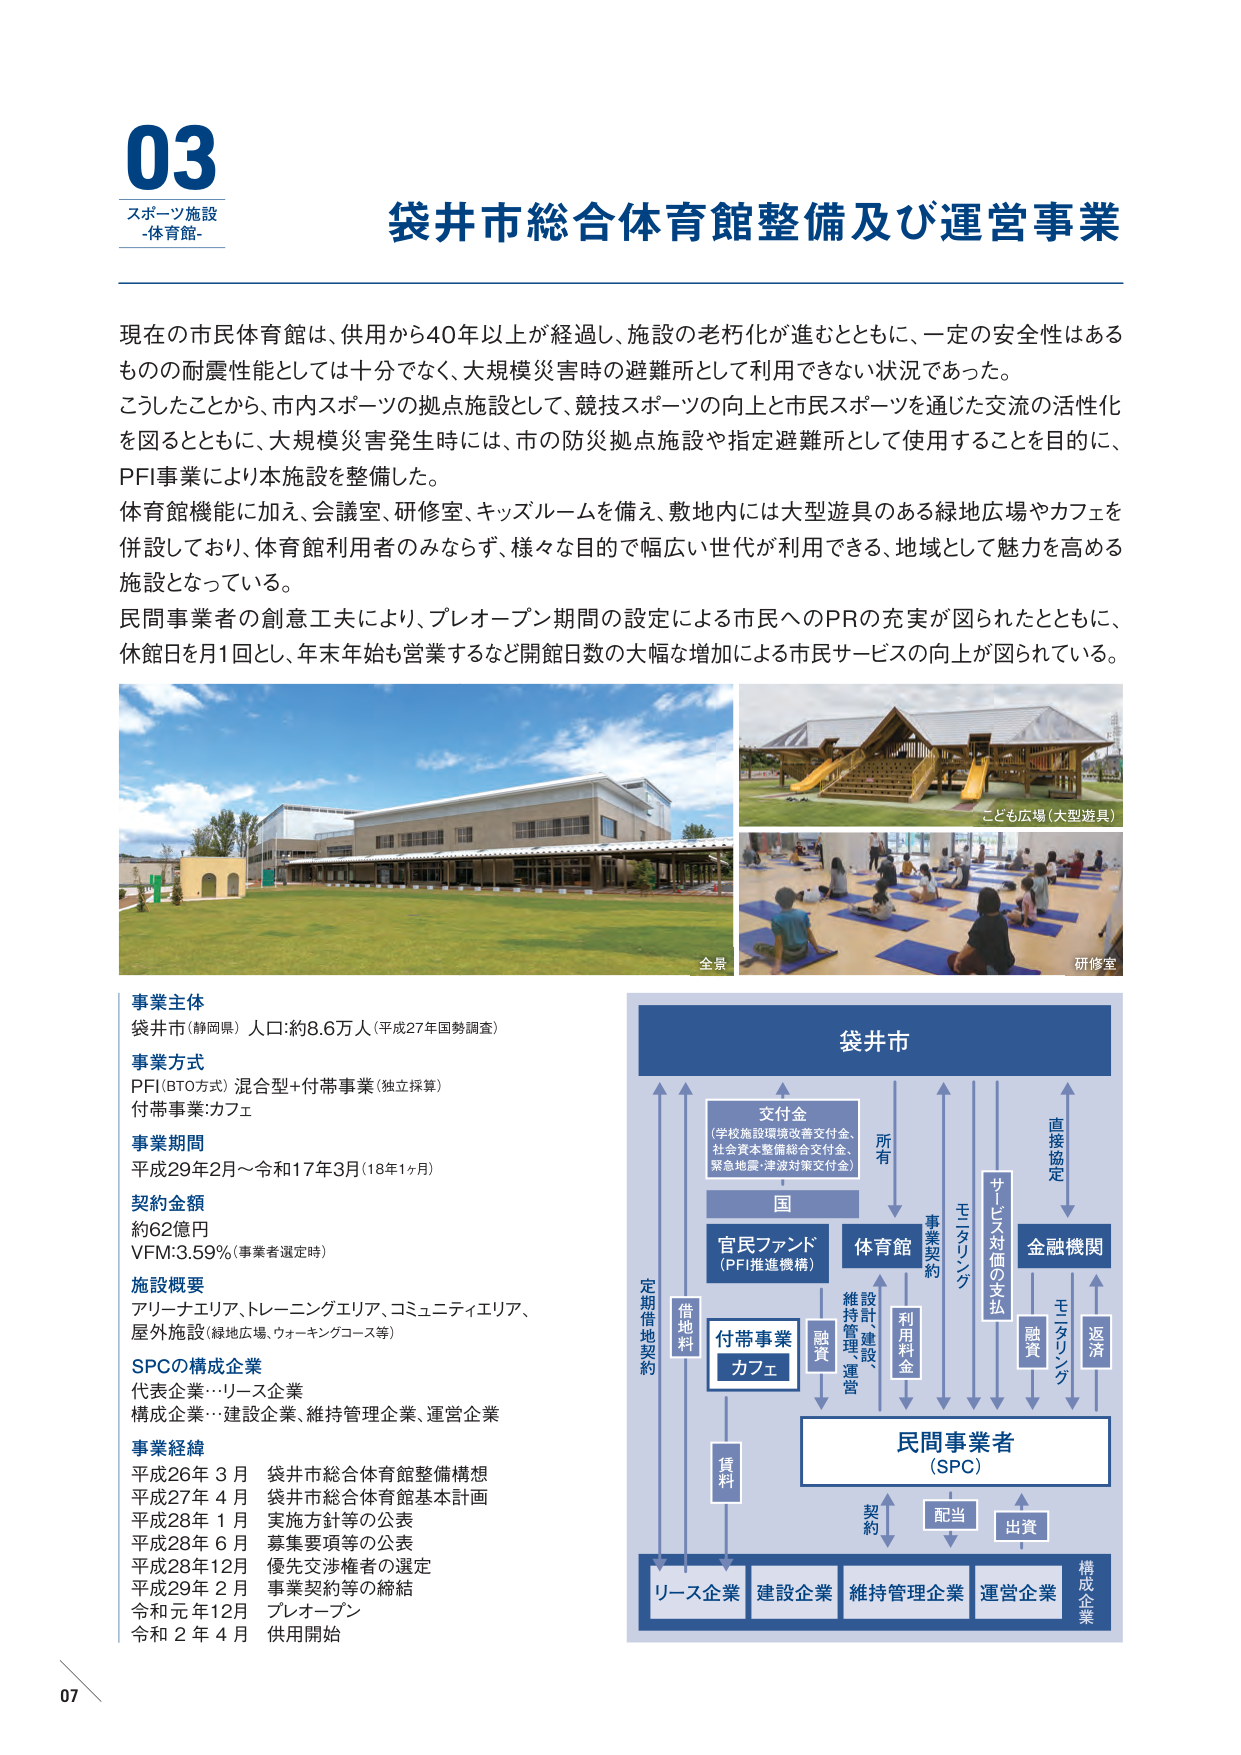
03
スポーツ施設
-体育館-

袋井市総合体育館整備及び運営事業

現在の市民体育館は、供用から40年以上が経過し、施設の老朽化が進むとともに、一定の安全性はあるものの耐震性能としては十分でなく、大規模災害時の避難所として利用できない状況であった。
こうしたことから、市内スポーツの拠点施設として、競技スポーツの向上と市民スポーツを通じた交流の活性化を図るとともに、大規模災害発生時には、市の防災拠点施設や指定避難所として使用することを目的に、PFI事業により本施設を整備した。
体育館機能に加え、会議室、研修室、キッズルームを備え、敷地内には大型遊具のある緑地広場やカフェを併設しており、体育館利用者のみならず、様々な目的で幅広い世代が利用できる、地域として魅力を高める施設となっている。
民間事業者の創意工夫により、プレオープン期間の設定による市民へのPRの充実が図られたとともに、休館日を月1回とし、年末年始も営業するなど開館日数の大幅な増加による市民サービスの向上が図られている。

全景
こども広場（大型遊具）
研修室

事業主体
袋井市（静岡県） 人口：約8.6万人（平成27年国勢調査）

事業方式
PFI（BTO方式）混合型＋付帯事業（独立採算）
付帯事業：カフェ

事業期間
平成29年2月～令和17年3月（18年1ヶ月）

契約金額
約62億円
VFM：3.59％（事業者選定時）

施設概要
アリーナエリア、トレーニングエリア、コミュニティエリア、
屋外施設（緑地広場、ウォーキングコース等）

SPCの構成企業
代表企業…リース企業
構成企業…建設企業、維持管理企業、運営企業

事業経緯
平成26年 3月 袋井市総合体育館整備構想
平成27年 4月 袋井市総合体育館基本計画
平成28年 1月 実施方針等の公表
平成28年 6月 募集要項等の公表
平成28年12月 優先交渉権者の選定
平成29年 2月 事業契約等の締結
令和 元年12月 プレオープン
令和 2年 4月 供用開始

袋井市
交付金
（学校施設環境改善交付金、
社会資本整備総合交付金、
緊急地震・津波対策交付金）
国
官民ファンド
（PFI推進機構）
体育館
所有
事業契約
モニタリング
サービス対価の支払
金融機関
直接協定
融資
返済
モニタリング
維持管理、運営
設計・建設
利用料金
民間事業者
（SPC）
契約
配当
出資
構成企業
リース企業 建設企業 維持管理企業 運営企業
定期借地契約
借地料
付帯事業
カフェ
賃料
融資

07